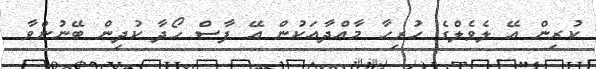
ކުރިން އޭ ލެވެލްގެ ހުރިހާ މާއްދާއަކުން އޭ ފާސް ހޯދާ ކުދިން ބޭނުންވާ